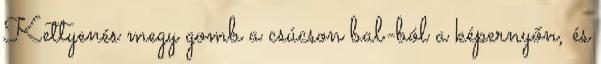
Kettyenés megy gomb a csúcson bal-ból a képernyőn, és